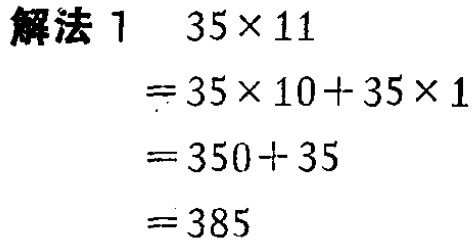
\(
\begin{align*}
& \text{解法 1}\quad35\times11\\
&=35\times10 + 35\times1\\
&=350+35\\
&=385
\end{align*}
\)